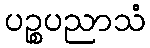
ပဉ္စပညာသံ